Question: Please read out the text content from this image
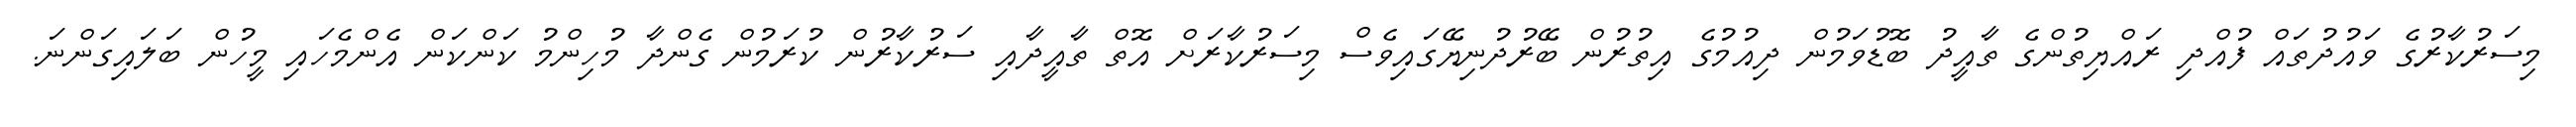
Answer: މިސަރުކާރުގެ ވައުދުތައް ފުއްދި ރައްޔިތުންގެ ތާއީދު ބޮޑުވަމުން ދިއުމުގެ އިތުރުން ބޭރުދުނިޔޭގައިވެސް މިސަރުކާރަށް އޮތް ތާއީދާއި ސަރުކާރުން ކުރަމުން ގެންދާ މުހިންމު ކަންކަން އެންމެހައި މީހުން ބަލައިގަންނަ.